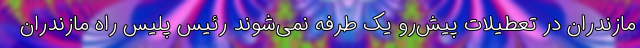
مازندران در تعطیلات پیش‌رو یک طرفه نمی‌شوند رئیس پلیس راه مازندران